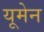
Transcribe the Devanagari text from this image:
यूमेन